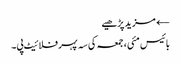
← مزید پڑھیے
بائیس مئی، جمعہ کی سہ پہر فلائیٹ پی۔